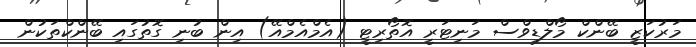
މަރުކަޒީ ބޭންކް މޯލްޑިވްސް މަނިޓަރީ އޮތޯރިޓީ (އެމްއެމްއޭ) އިން ބުނި ގޮތުގައި ބޭންކްތަކުން